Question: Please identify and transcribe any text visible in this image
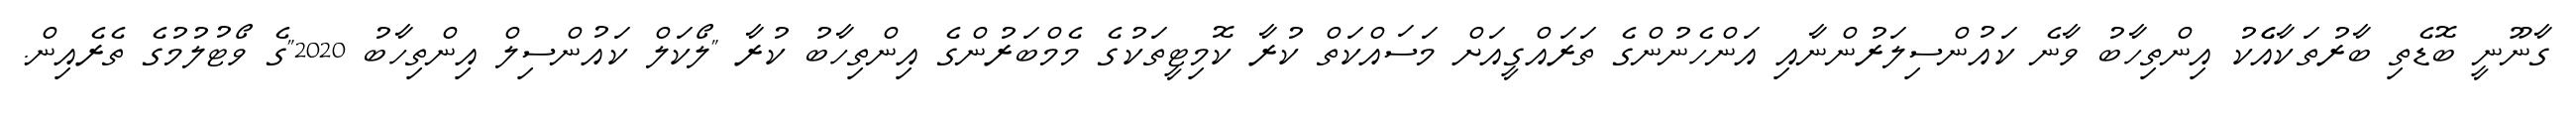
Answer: ގާނޫނީ ބޮޑެތި ބާރުތަކާއެެކު އިންތިހާބު ވާނެ ކައުންސިލަރުންނާއި އަންހެނުންގެ ތަރައްގީއަށް މަސައްކަތް ކުރާ ކޮމިޓީތަކުގެ މެމްބަރުންގެ އިންތިހާބު ކުރާ "ލޯކަލް ކައުންސިލް އިންތިހާބު 2020"ގެ ވޯޓުލުމުގެ ތެރެއިން.